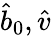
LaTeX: \hat{b}_{0},\hat{v}